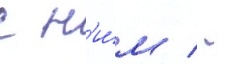
с н'и́м / -